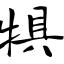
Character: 犋